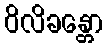
ဝိလိခန္တော